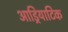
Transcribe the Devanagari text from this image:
आड्रियाटिक